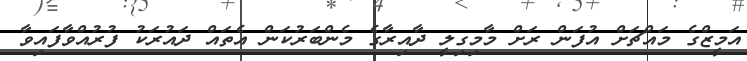
އަމީޒްގެ މައްޗަށް އުފަން ރަށް މާމިގިލީ ދާއިރާގެ މެންބަރުކަން އެތައް ދައުރަކު ފުރުއްވާފައިވާ